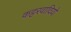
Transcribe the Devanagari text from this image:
कट्टरवादियो